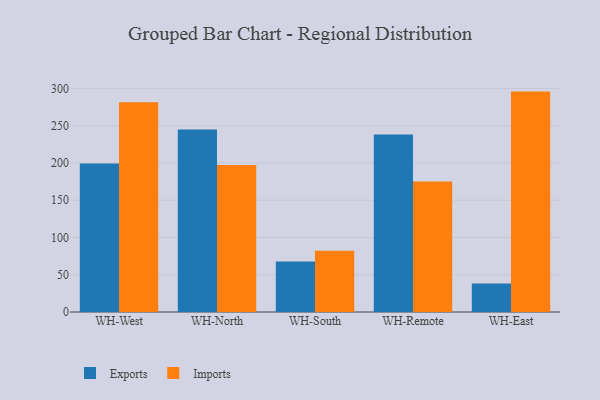
{"axis": {"x": "Warehouse", "y": "Operating Costs (USD K)"}, "legend": ["Exports", "Imports"], "data": [{"x": "WH-West", "y": 199.1, "type": "Exports"}, {"x": "WH-West", "y": 281.5, "type": "Imports"}, {"x": "WH-North", "y": 244.8, "type": "Exports"}, {"x": "WH-North", "y": 197.3, "type": "Imports"}, {"x": "WH-South", "y": 67.9, "type": "Exports"}, {"x": "WH-South", "y": 82.2, "type": "Imports"}, {"x": "WH-Remote", "y": 238.3, "type": "Exports"}, {"x": "WH-Remote", "y": 175.0, "type": "Imports"}, {"x": "WH-East", "y": 38.2, "type": "Exports"}, {"x": "WH-East", "y": 295.7, "type": "Imports"}]}